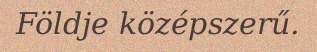
Földje középszerű.